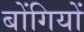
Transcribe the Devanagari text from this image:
बोंगियों